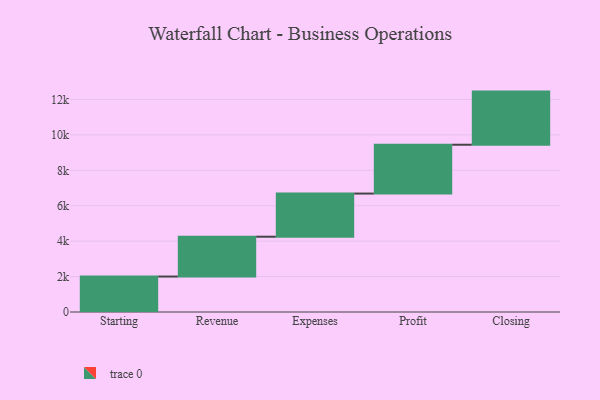
{"axis": {"x": "Step", "y": "Value"}, "legend": [""], "data": [{"x": "Starting", "y": 2002.0, "type": ""}, {"x": "Revenue", "y": 2249.0, "type": ""}, {"x": "Expenses", "y": 2436.0, "type": ""}, {"x": "Profit", "y": 2757.0, "type": ""}, {"x": "Closing", "y": 3000, "type": ""}]}